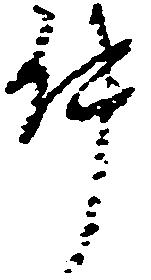
件